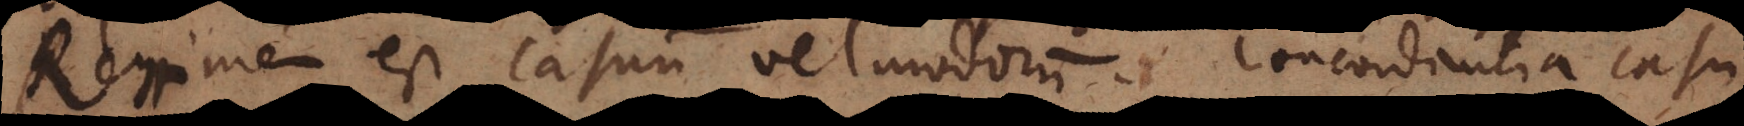
Regimen est Casuum vel modorum. Concordantia casu,